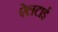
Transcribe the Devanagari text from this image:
ऐलटाई